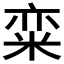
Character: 𱹃